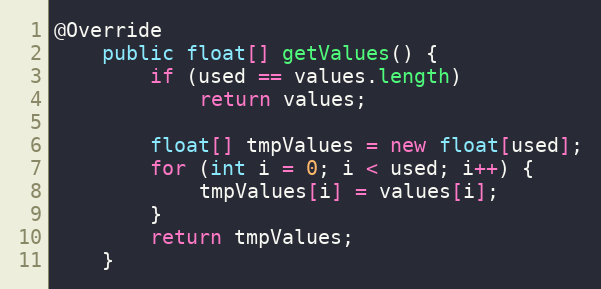
Language: Java
@Override
    public float[] getValues() {
        if (used == values.length)
            return values;

        float[] tmpValues = new float[used];
        for (int i = 0; i < used; i++) {
        	tmpValues[i] = values[i];
        }
        return tmpValues;
    }